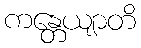
ကန္တေယျာတိ